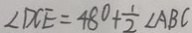
\angle D C E = 4 8 ^ { \circ } + \frac { 1 } { 2 } \angle A B C